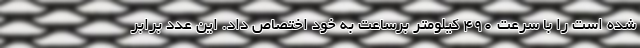
شده است را با سرعت 490 کیلومتر برساعت به خود اختصاص داد. این عدد برابر